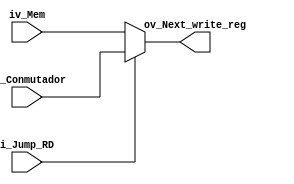
module Mux_conmutador_muxMem(
	input [31:0] iv_Conmutador,
	input [31:0] iv_Mem,
	input i_Jump_RD,
	output [31:0] ov_Next_write_reg
);

assign ov_Next_write_reg = i_Jump_RD? iv_Conmutador:iv_Mem;

endmodule